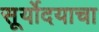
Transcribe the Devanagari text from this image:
सूर्योदयाचा